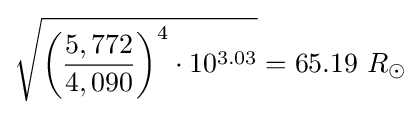
{\sqrt {{\biggl (}{\frac {5,772}{4,090}}{\biggr )}^{4}\cdot 10^{3.03}}}=65.19\ R_{\odot }